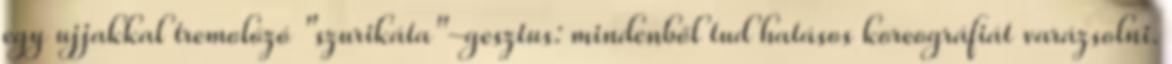
egy ujjakkal tremolózó "szurikáta"-gesztus: mindenből tud hatásos koreográfiát varázsolni.